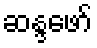
ဆန္ဒဖော်